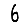
Digit: 6